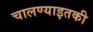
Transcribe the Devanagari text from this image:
चालण्याइतकी